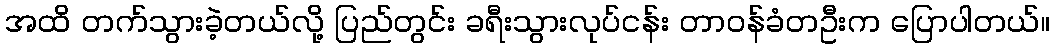
အထိ တက်သွားခဲ့တယ်လို့ ပြည်တွင်း ခရီးသွားလုပ်ငန်း တာဝန်ခံတဦးက ပြောပါတယ်။